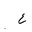
Letter: _ayn